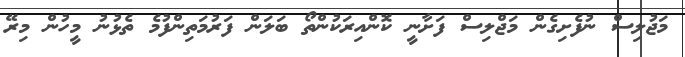
މަޖުލިސް ނުފެށިގެން މަޖްލިސް ފަށާނީ ކޮންއިރަކުންތޯ ބަލަން ފަރުމަތިންފުމެ ތެޅުނު މީހުން މިރޭ